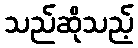
သည်ဆိုသည့်